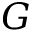
G